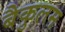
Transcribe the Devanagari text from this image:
बैकुलम